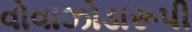
વોવાઝોડારૂપી